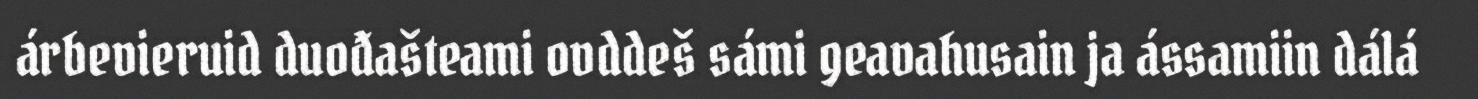
árbevieruid duođašteami ovddeš sámi geavahusain ja ássamiin dálá